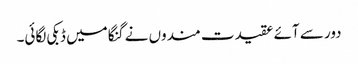
دور سے آئے عقیدت مندوں نے گنگا میں ڈبکی لگائی۔